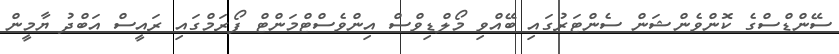
ސޭންޑްސްގެ ކޮންވެންޝަން ސެންޓަރުގައި ބޭއްވި މޯލްޑިވްސް އިންވެސްޓްމަންޓް ފޯރަމްގައި ރައީސް އަބްދު ޔާމީން